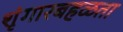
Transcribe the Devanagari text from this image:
शृंगारबहळता